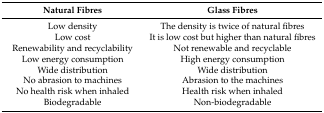
<table><thead><tr><td><b>Natural Fibres</b></td><td><b>Glass Fibres</b></td></tr></thead><tbody><tr><td>Low density</td><td>The density is twice of natural fibres</td></tr><tr><td>Low cost</td><td>It is low cost but higher than natural fibres</td></tr><tr><td>Renewability and recyclability</td><td>Not renewable and recyclable</td></tr><tr><td>Low energy consumption</td><td>High energy consumption</td></tr><tr><td>Wide distribution</td><td>Wide distribution</td></tr><tr><td>No abrasion to machines</td><td>Abrasion to the machines</td></tr><tr><td>No health risk when inhaled</td><td>Health risk when inhaled</td></tr><tr><td>Biodegradable</td><td>Non-biodegradable</td></tr></tbody></table>